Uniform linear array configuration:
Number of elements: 24
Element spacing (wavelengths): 0.75
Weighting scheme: kaiser
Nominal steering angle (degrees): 45
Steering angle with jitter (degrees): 45.407
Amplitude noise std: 0.05
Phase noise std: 0.05

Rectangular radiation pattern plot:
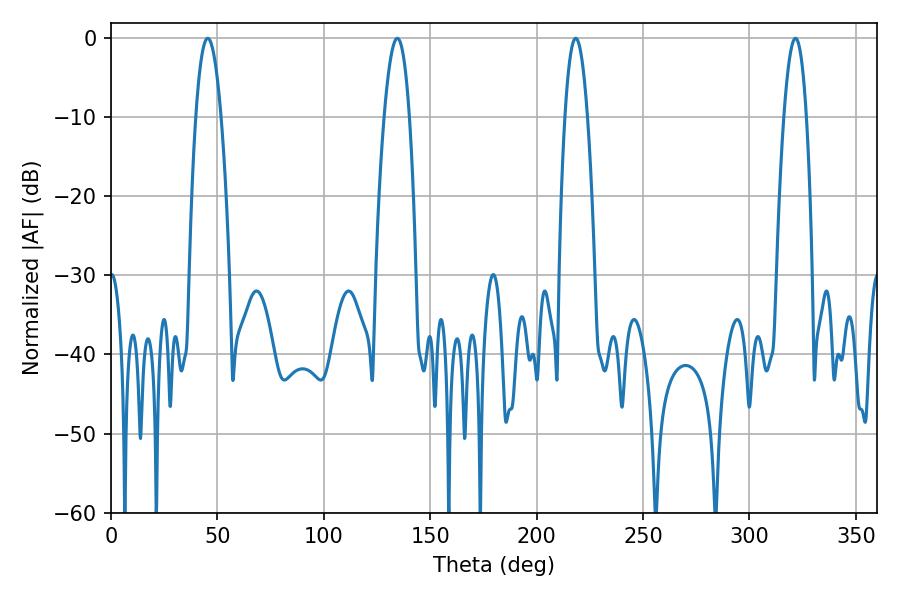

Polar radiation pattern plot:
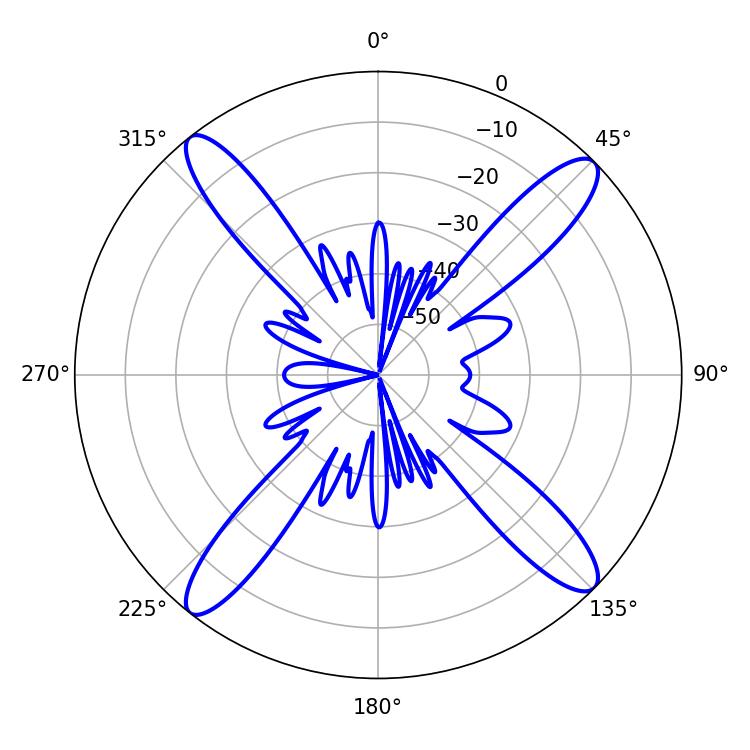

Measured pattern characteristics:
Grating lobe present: TRUE
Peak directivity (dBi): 17.08
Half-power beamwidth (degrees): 5.94
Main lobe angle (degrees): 218.34